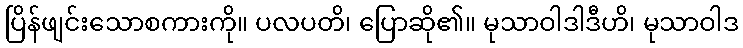
ပြိန်ဖျင်းသောစကားကို။ ပလပတိ၊ ပြောဆို၏။ မုသာဝါဒါဒီဟိ၊ မုသာဝါဒ